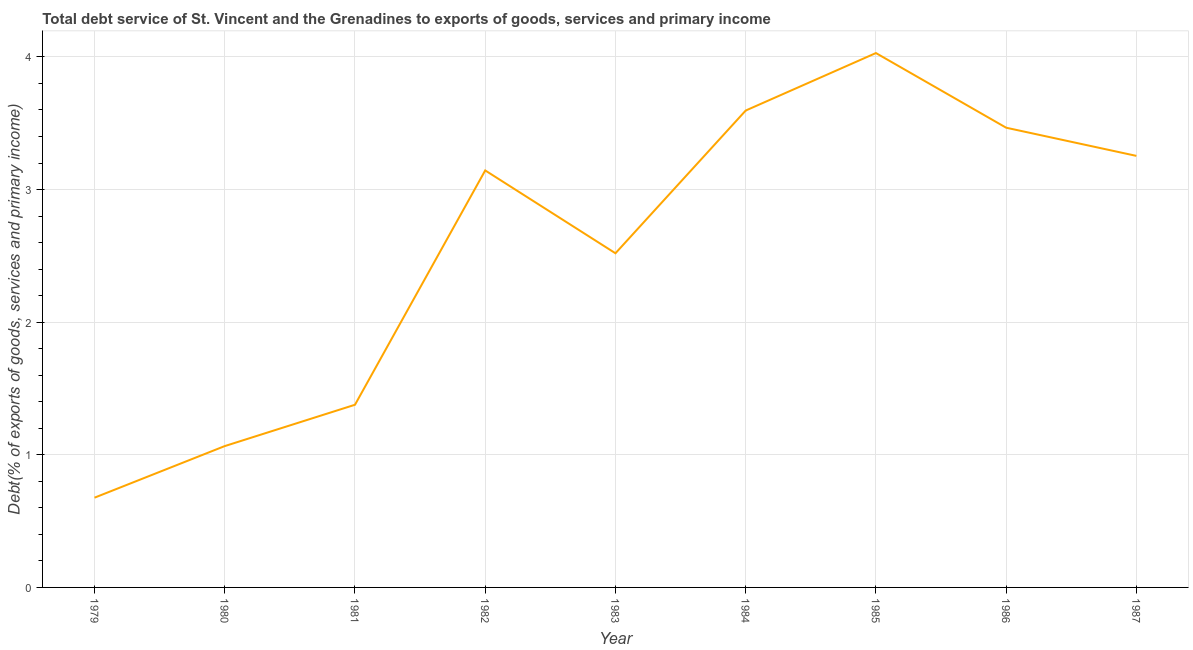
| Year | Total debt service |
 | --- | --- |
 | 1979 | 0.677 |
 | 1980 | 1.07 |
 | 1981 | 1.38 |
 | 1982 | 3.14 |
 | 1983 | 2.52 |
 | 1984 | 3.6 |
 | 1985 | 4.03 |
 | 1986 | 3.47 |
 | 1987 | 3.25 |